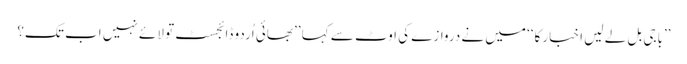
’’باجی بل لے لیں اخبار کا‘‘ میں نے دروازے کی اوٹ سے کہا ’’بھائی اُردو ڈائجسٹ تو لائے نہیں اب تک؟